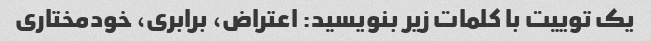
یک توییت با کلمات زیر بنویسید: اعتراض، برابری، خودمختاری